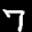
Label: 7